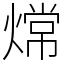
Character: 龦